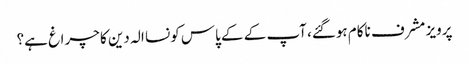
پرویز مشرف ناکام ہوگئے، آپ کے کے پاس کونسا الہ دین کا چراغ ہے؟